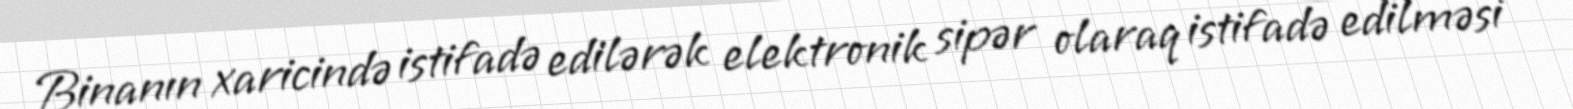
Binanın xaricində istifadə edilərək elektronik sipər olaraq istifadə edilməsi